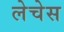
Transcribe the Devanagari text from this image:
लेचेस